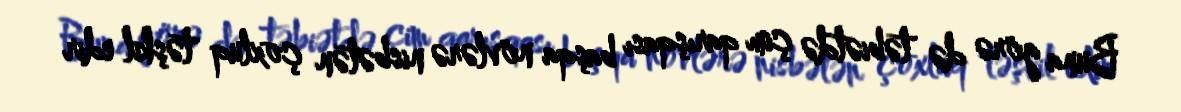
Buna görə də təbiətdə çim qarışqası başqa növlərə nisbətən çoxluq təşkil edir